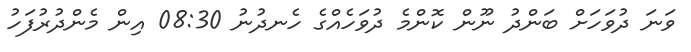
ވަނަ ދުވަހަށް ބަންދު ނޫން ކޮންމެ ދުވަހެއްގެ ހެނދުނު 08:30 އިން މެންދުރުފަހު